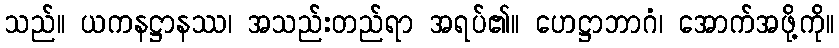
သည်။ ယကနဋ္ဌာနဿ၊ အသည်းတည်ရာ အရပ်၏။ ဟေဋ္ဌာဘာဂံ၊ အောက်အဖို့ကို။